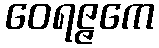
ဝေရဇ္ဇကေ